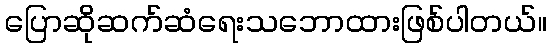
ပြောဆိုဆက်ဆံရေးသဘောထားဖြစ်ပါတယ်။